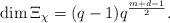
LaTeX: \begin{align*}\dim \Xi_{\chi} = (q-1)q^{\frac{m+d-1}{2}}.\end{align*}